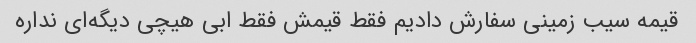
قیمه سیب زمینی سفارش دادیم فقط قیمش فقط ابی هیچی دیگه‌ای نداره